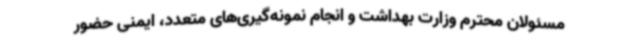
مسئولان محترم وزارت بهداشت و انجام نمونه‌گیری‌های متعدد، ایمنی حضور